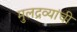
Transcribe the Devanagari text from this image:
मुलद्रव्यांची